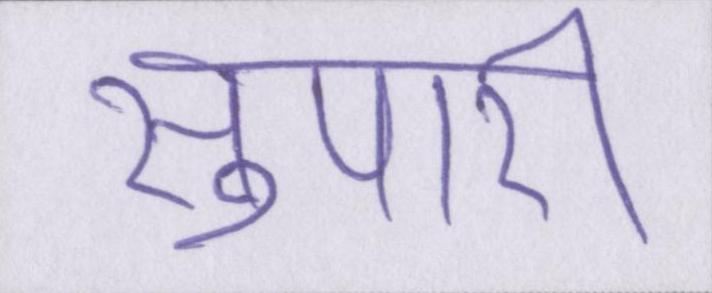
सुपारी